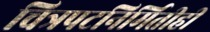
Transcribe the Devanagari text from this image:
चित्रपटनिर्मितीही